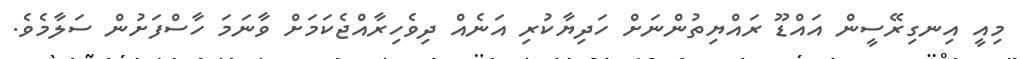
މިއީ އިނގިރޭސީން އައްޑޫ ރައްޔިތުންނަށް ހަދިޔާކުރި އަނެއް ދިވެހިރާއްޖެކަމަށް ވާނަމަ ހާސްފަށުން ސަލާމެވެ.